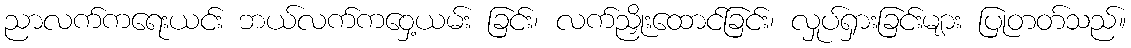
ညာလက်ကရေးယင်း ဘယ်လက်ကဝှေ့ယမ်း ခြင်း၊ လက်ညှိုးထောင်ခြင်း၊ လှုပ်ရှားခြင်းများ ပြုတတ်သည်။